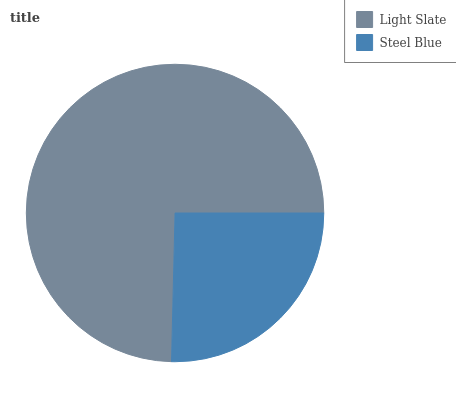
| Light Slate | Steel Blue |
 | --- | --- |
 | 74.7% | 25.3% |